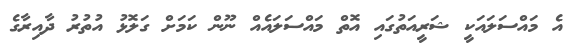
އެ މައްސަލައަކީ ޝަރީއަތުގައި އޮތް މައްސަލައެއް ނޫން ކަމަށް ގަލޮޅު އުތުރު ދާއިރާގެ